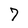
Character: 7